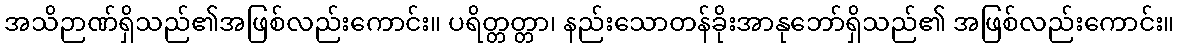
အသိဉာဏ်ရှိသည်၏အဖြစ်လည်းကောင်း။ ပရိတ္တတ္တာ၊ နည်းသောတန်ခိုးအာနုဘော်ရှိသည်၏ အဖြစ်လည်းကောင်း။